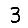
Digit: 3